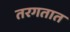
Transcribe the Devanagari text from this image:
तरगतात